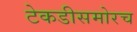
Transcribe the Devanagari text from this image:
टेकडीसमोरच